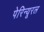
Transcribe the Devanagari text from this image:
पेरिन्यूरल